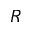
R